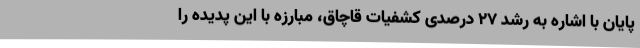
پایان با اشاره به رشد 27 درصدی کشفیات قاچاق، مبارزه با این پدیده را